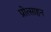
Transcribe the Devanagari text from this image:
प्रोत्साहन